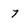
Character: 7